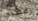
رفضتي